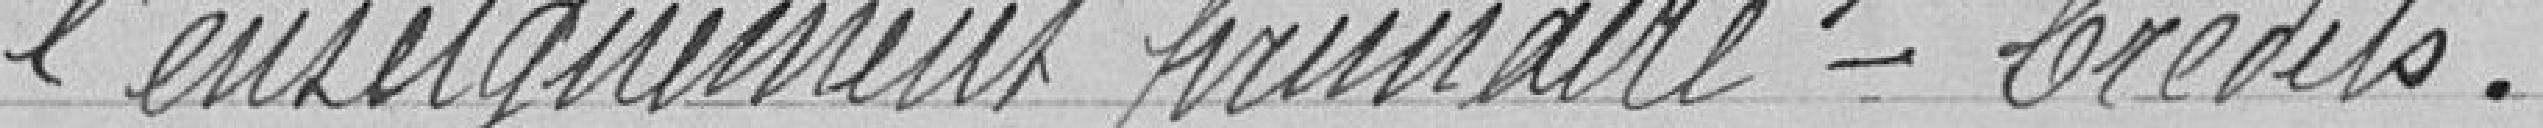
l'enseignement primaire - Crédits.